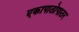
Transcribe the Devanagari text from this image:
एकापाठोपाठर